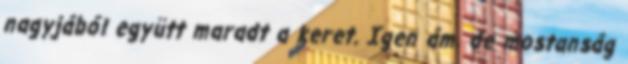
nagyjából együtt maradt a keret. Igen ám, de mostanság